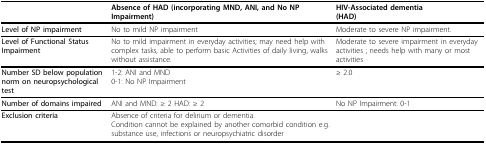
|  | Absence of HAD (incorporating MND, ANI, and No NP Impairment) | HIV-Associated dementia(HAD) |
 | --- | --- | --- |
 | Level of NP impairment | No to mild NP impairment | Moderate to severe NP impairment. |
 | Level of Functional Status Impairment | No to mild impairment in everyday activities; may need help with complex tasks, able to perform basic Activities of daily living, walks without assistance. | Moderate to severe impairment in everyday activities ; needs help with many or most activities |
 | Number SD below population norm on neuropsychological test | 1-2: ANI and MND0-1: No NP Impairment | ≥ 2.0 |
 | Number of domains impaired | ANI and MND: ≥ 2 HAD: ≥ 2 | No NP Impairment: 0-1 |
 | Exclusion criteria | Absence of criteria for delirium or dementia.Condition cannot be explained by another comorbid condition e.g. substance use, infections or neuropsychiatric disorder |  |